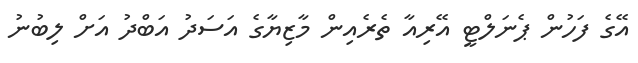
އޭގެ ފަހުން ޕެނަލްޓީ އޭރިއާ ތެރެއިން މާޒިޔާގެ އަސަދު އަބްދު އަށް ލިބުނު